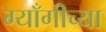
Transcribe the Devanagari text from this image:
ग्याँगीच्या